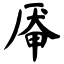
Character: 厣